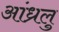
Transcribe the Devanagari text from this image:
आंध्रलु